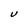
Character: V